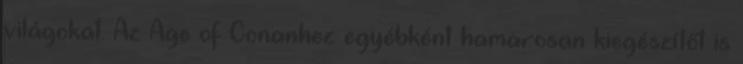
világokat. Az Age of Conanhez egyébként hamarosan kiegészítőt is